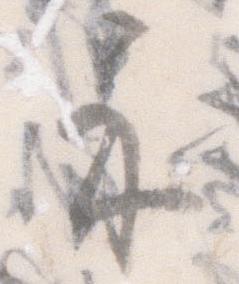
示